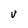
Character: V